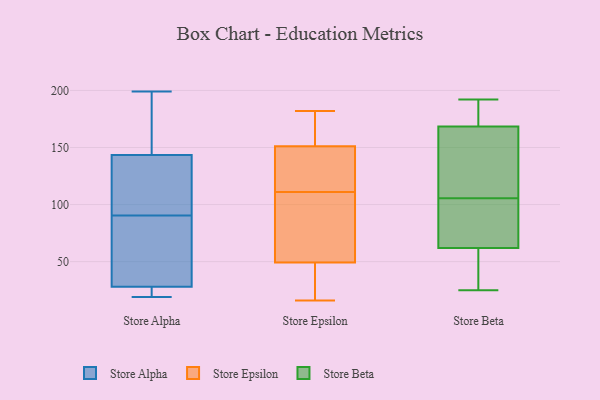
{"axis": {"x": "Demand Index", "y": "Value"}, "legend": ["Store Alpha", "Store Beta", "Store Epsilon"], "data": [{"x": "", "y": 169, "type": "Store Alpha"}, {"x": "", "y": 80, "type": "Store Alpha"}, {"x": "", "y": 23, "type": "Store Alpha"}, {"x": "", "y": 74, "type": "Store Alpha"}, {"x": "", "y": 141, "type": "Store Alpha"}, {"x": "", "y": 131, "type": "Store Alpha"}, {"x": "", "y": 95, "type": "Store Alpha"}, {"x": "", "y": 199, "type": "Store Alpha"}, {"x": "", "y": 19, "type": "Store Alpha"}, {"x": "", "y": 24, "type": "Store Alpha"}, {"x": "", "y": 199, "type": "Store Alpha"}, {"x": "", "y": 23, "type": "Store Alpha"}, {"x": "", "y": 86, "type": "Store Alpha"}, {"x": "", "y": 169, "type": "Store Alpha"}, {"x": "", "y": 100, "type": "Store Alpha"}, {"x": "", "y": 32, "type": "Store Alpha"}, {"x": "", "y": 146, "type": "Store Alpha"}, {"x": "", "y": 36, "type": "Store Alpha"}, {"x": "", "y": 23, "type": "Store Alpha"}, {"x": "", "y": 96, "type": "Store Alpha"}, {"x": "", "y": 182, "type": "Store Epsilon"}, {"x": "", "y": 115, "type": "Store Epsilon"}, {"x": "", "y": 16, "type": "Store Epsilon"}, {"x": "", "y": 126, "type": "Store Epsilon"}, {"x": "", "y": 21, "type": "Store Epsilon"}, {"x": "", "y": 53, "type": "Store Epsilon"}, {"x": "", "y": 36, "type": "Store Epsilon"}, {"x": "", "y": 55, "type": "Store Epsilon"}, {"x": "", "y": 169, "type": "Store Epsilon"}, {"x": "", "y": 100, "type": "Store Epsilon"}, {"x": "", "y": 177, "type": "Store Epsilon"}, {"x": "", "y": 171, "type": "Store Epsilon"}, {"x": "", "y": 128, "type": "Store Epsilon"}, {"x": "", "y": 145, "type": "Store Epsilon"}, {"x": "", "y": 38, "type": "Store Epsilon"}, {"x": "", "y": 111, "type": "Store Epsilon"}, {"x": "", "y": 57, "type": "Store Epsilon"}, {"x": "", "y": 39, "type": "Store Beta"}, {"x": "", "y": 141, "type": "Store Beta"}, {"x": "", "y": 25, "type": "Store Beta"}, {"x": "", "y": 104, "type": "Store Beta"}, {"x": "", "y": 190, "type": "Store Beta"}, {"x": "", "y": 85, "type": "Store Beta"}, {"x": "", "y": 163, "type": "Store Beta"}, {"x": "", "y": 174, "type": "Store Beta"}, {"x": "", "y": 107, "type": "Store Beta"}, {"x": "", "y": 36, "type": "Store Beta"}, {"x": "", "y": 104, "type": "Store Beta"}, {"x": "", "y": 192, "type": "Store Beta"}]}